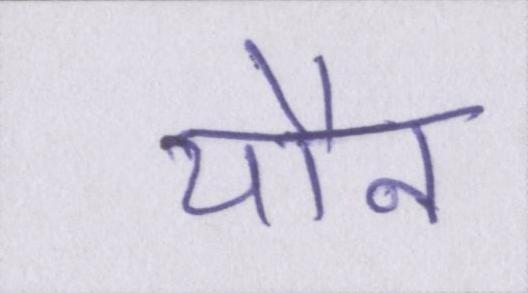
यौन